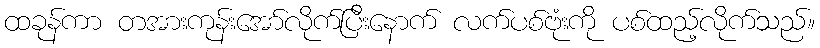
ထခုန်ကာ တအားကုန်းအော်လိုက်ပြီးနောက် လက်ပစ်ဗုံးကို ပစ်ထည့်လိုက်သည်။